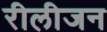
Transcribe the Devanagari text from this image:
रीलीजन